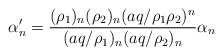
\begin{align*} \alpha'_n = \frac{(\rho_1)_n(\rho_2)_n(aq/\rho_1 \rho_2)^n}{(aq/\rho_1)_n(aq/\rho_2)_n}\alpha_n\end{align*}